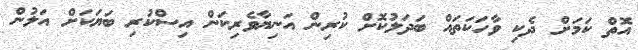
އޮތް ކަމަށް ދެކި ވާހަކަތައް ބަދަލުކޮށް ކުރިން އަނިޔާވެރިކަން އިސްކުރި ބަޔަކަށް އަލުން